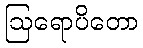
ဩရောပိတော